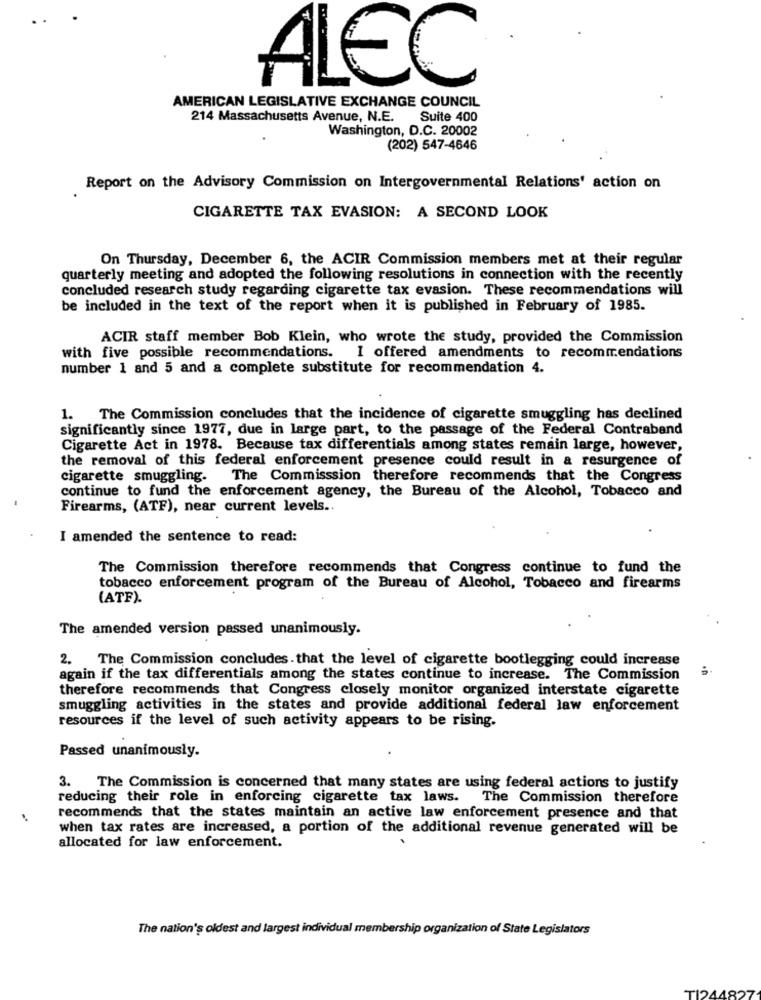
ALEC
AMERICAN LEGISLATIVE EXCHANGE COUNCIL
214 Massachusetts Avenue, N.E.
Suite 400
Washington, D.C. 20002
(202) 547-4646
Report on the Advisory Commission on Intergovernmental Relations' action on
CIGARETTE TAX EVASION: A SECOND LOOK
On Thursday, December 6, the ACIR Commission members met at their regular
quarterly meeting and adopted the following resolutions in connection with the recently
concluded research study regarding cigarette tax evasion. These recommendations will
be included in the text of the report when it is published in February of 1985.
ACIR staff member Bob Klein, who wrote the study, provided the Commission
with five possible recommendations.
I offered amendments to recommendations
number 1 and 5 and a complete substitute for recommendation 4.
1. The Commission concludes that the incidence of cigarette smuggling has declined
significantly since 1977, due in large part, to the passage of the Federal Contraband
Cigarette Act in 1978. Because tax differentials among states remain large, however,
the removal of this federal enforcement presence could result in a resurgence of
cigarette smuggling.
The Commisssion therefore recommends that the Congress
continue to fund the enforcement agency, the Bureau of the Alcohol, Tobacco and
Firearms, (ATF), near current levels ..
I amended the sentence to read:
The Commission therefore recommends that Congress continue to fund the
tobacco enforcement program of the Bureau of Alcohol, Tobacco and firearms
(ATF).
The amended version passed unanimously.
2. The Commission concludes . that the level of cigarette bootlegging could increase
again if the tax differentials among the states continue to increase. The Commission
therefore recommends that Congress closely monitor organized interstate cigarette
smuggling activities in the states and provide additional federal law enforcement
resources if the level of such activity appears to be rising.
Passed unanimously.
3. The Commission is concerned that many states are using federal actions to justify
reducing their role in enforcing cigarette tax laws. The Commission therefore
recommends that the states maintain an active law enforcement presence and that
when tax rates are increased, a portion of the additional revenue generated will be
allocated for law enforcement.
The nation's oldest and largest individual membership organization of State Legislators
TI244827